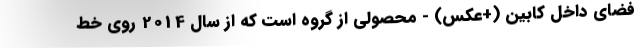
فضای داخل کابین (+عکس) - محصولی از گروه است که از سال 2014 روی خط